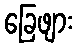
ခြေဖျား